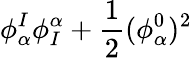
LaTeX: \phi_{\alpha}^{I}\phi_{I}^{\alpha}+{\frac{1}{2}}(\phi_{\alpha}^{0})^{2}